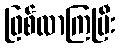
ဖြစ်လာကြပြီး